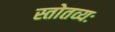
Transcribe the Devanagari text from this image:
स्तोतव्यः